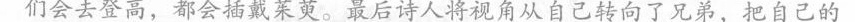
们会去登高，都会插戴茱萸。最后诗人将视角从自己转向了兄弟，把自己的